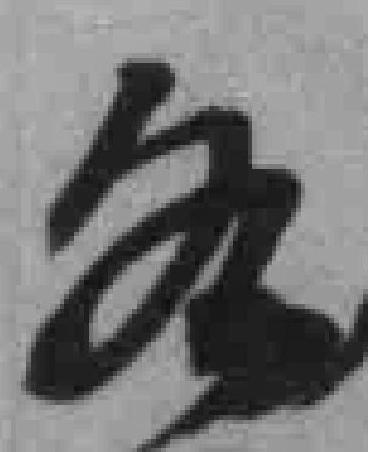
各